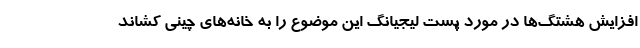
افزایش هشتگ‌ها در مورد پست لیجیانگ این موضوع را به خانه‌های چینی کشاند